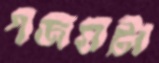
গজঘটা